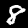
Label: 8